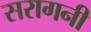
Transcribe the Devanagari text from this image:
सरागनी